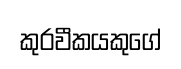
කුරවීකයකුගේ